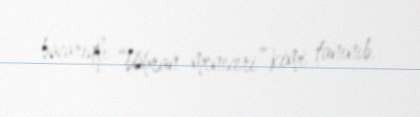
bacarıqlı “böhran meneceri” kimi tanınıb.